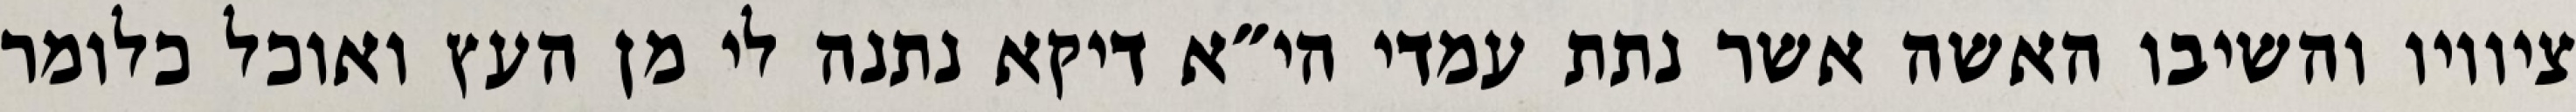
ציוויו והשיבו האשה אשר נתת עמדי הי״א דיקא נתנה לי מן העץ ואוכל כלומר